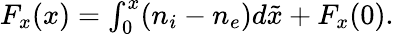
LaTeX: \begin{array}{r}{F_{x}(x)=\int_{0}^{x}(n_{i}-n_{e})d\tilde{x}+F_{x}(0).}\end{array}